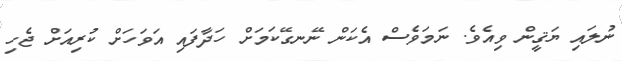
ނުލައި ޔަޤީން ވިއެވެ. ނަމަވެސް އެކަން ނޭނގޭކަމަށް ހަދާފައި އަވަހަށް ކުރިއަށް ޖެހި